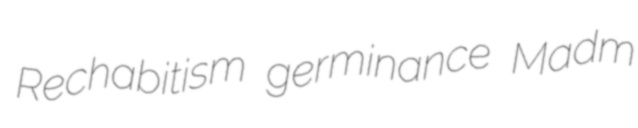
Rechabitism germinance Madm